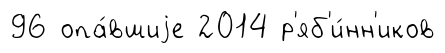
96 опа́вшиjе 2014 р'яб'и́нн'иков